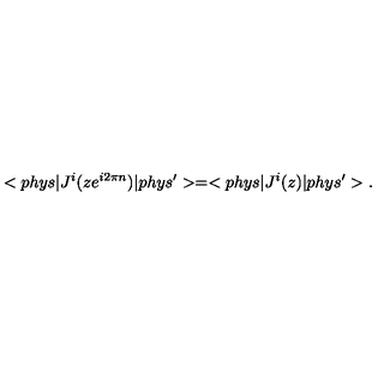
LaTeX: < p h y s | J ^ { i } ( z e ^ { i 2 \pi n } ) | p h y s ^ { \prime } > = < p h y s | J ^ { i } ( z ) | p h y s ^ { \prime } > .